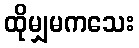
ထိုမျှမကသေး